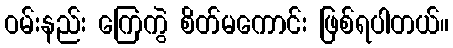
ဝမ်းနည်း ကြေကွဲ စိတ်မကောင်း ဖြစ်ရပါတယ်။